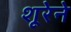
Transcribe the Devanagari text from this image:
शूरेने